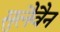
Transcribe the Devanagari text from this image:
सुलैवैन